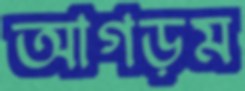
আগড়ম